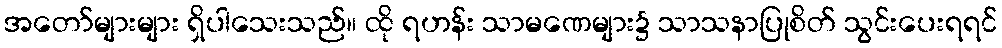
အတော်များများ ရှိပါသေးသည်။ ထို ရဟန်း သာမဏေများ၌ သာသနာပြုစိတ် သွင်းပေးရရင်